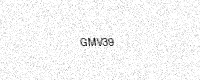
Text: GMV39